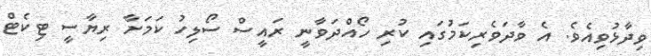
ވިދާޅުވިއެވެ. އެ ވާދަވެރިކަމުގައި ކުރި ހޯއްދަވާނީ ރައީސް ސޯލިހު ކަމަށާ ރިޔާސީ ޓިކެޓް